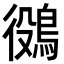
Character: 𪁛